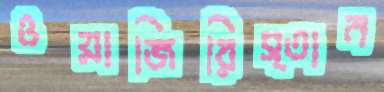
ওয়াজিরিস্তান